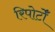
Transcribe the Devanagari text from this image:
रिपोर्टोँं